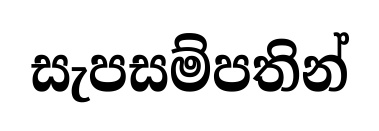
සැපසම්පතින්